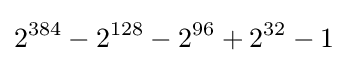
2^{384}-2^{128}-2^{96}+2^{32}-1